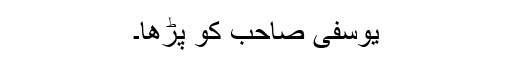
یوسفی صاحب کو پڑھا۔